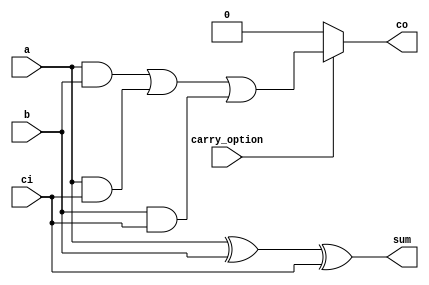
module cl_full_adder(
    input carry_option,
    input a,
    input b,
    input ci,
    output sum,
    output co
);

assign sum = a ^ b ^ ci;
assign co = carry_option ? (a & b) | (a & ci) | (b & ci) : 1'b0;

endmodule